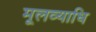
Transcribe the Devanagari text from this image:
मूलव्याधि